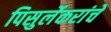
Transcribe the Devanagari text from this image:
पिसुर्लेकरांचे